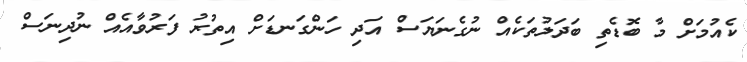
ކެއުމަށް މާ ބޮޑެތި ބަދަލުތަކެއް ނުގެނަޔަސް އަދި ހަންގަނޑަށް އިތުރު ފަރުވާއެއް ނުދިނަސް